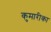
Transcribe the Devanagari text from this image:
कुमारीका